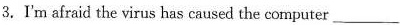
3. I'm afraid the virus has caused the computer ___